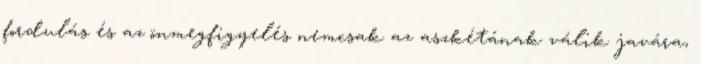
fordulás és az önmegfigyelés nemcsak az aszkétának válik javára,